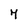
Character: 7